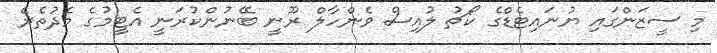
މި ސީޒަންގައި ޔުނައިޓެޑްގެ ކޯޗު ލުއިސް ވެންހާލް ރޫނީ ބޭނުންކުރަނީ އެޓީމުގެ މެދުތެރެ